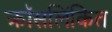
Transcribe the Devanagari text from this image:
क्रॉसलिंकित